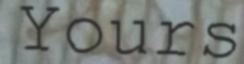
Yours